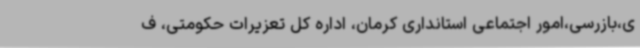
ی،بازرسی،امور اجتماعی استانداری کرمان، اداره کل تعزیرات حکومتی، ف